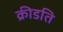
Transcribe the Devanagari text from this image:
क्रीडति